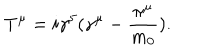
T ^ { \mu } = i \gamma ^ { 5 } ( \gamma ^ { \mu } - \frac { \pi ^ { \mu } } { m _ { 0 } } ) .